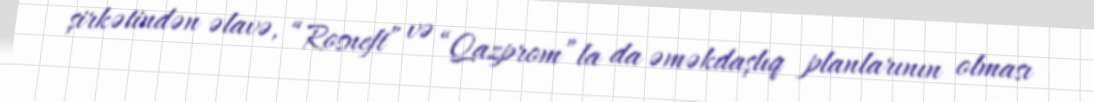
şirkətindən əlavə, “Rosneft” və “Qazprom”la da əməkdaşlıq planlarının olması